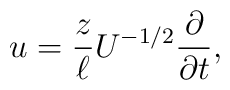
u = \frac{z}{\ell}U^{-1/2} \frac{\partial}{\partial t},